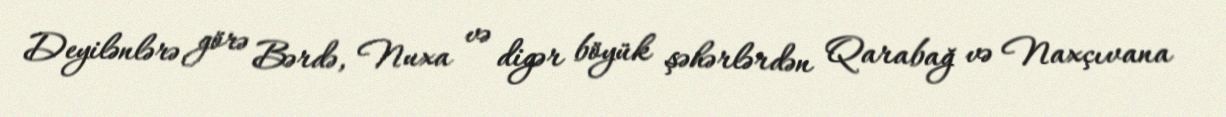
Deyilənlərə görə Bərdə, Nuxa və digər böyük şəhərlərdən Qarabağ və Naxçıvana